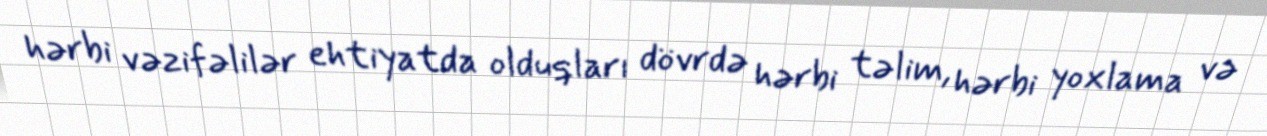
hərbi vəzifəlilər ehtiyatda olduqları dövrdə hərbi təlim, hərbi yoxlama və